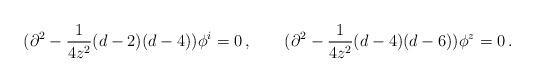
LaTeX: \begin{align*}(\partial^2-\frac{1}{4z^2}(d-2)(d-4))\phi^i=0\,,\qquad(\partial^2-\frac{1}{4z^2}(d-4)(d-6))\phi^z=0\,.\end{align*}